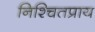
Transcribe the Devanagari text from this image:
निश्चितप्राय